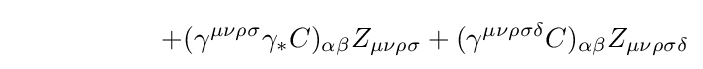
\ \ \ \ \ \ \ \ \ \ \ \ \ \ \ \ +(\gamma ^{\mu \nu \rho \sigma }\gamma _{*}C)_{\alpha \beta }Z_{\mu \nu \rho \sigma }+(\gamma ^{\mu \nu \rho \sigma \delta }C)_{\alpha \beta }Z_{\mu \nu \rho \sigma \delta }